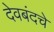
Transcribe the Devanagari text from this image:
देवबंदचे